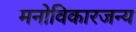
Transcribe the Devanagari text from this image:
मनोविकारजन्य